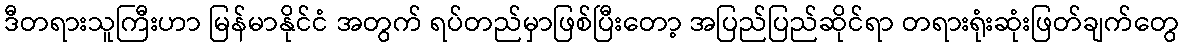
ဒီတရားသူကြီးဟာ မြန်မာနိုင်ငံ အတွက် ရပ်တည်မှာဖြစ်ပြီးတော့ အပြည်ပြည်ဆိုင်ရာ တရားရုံးဆုံးဖြတ်ချက်တွေ